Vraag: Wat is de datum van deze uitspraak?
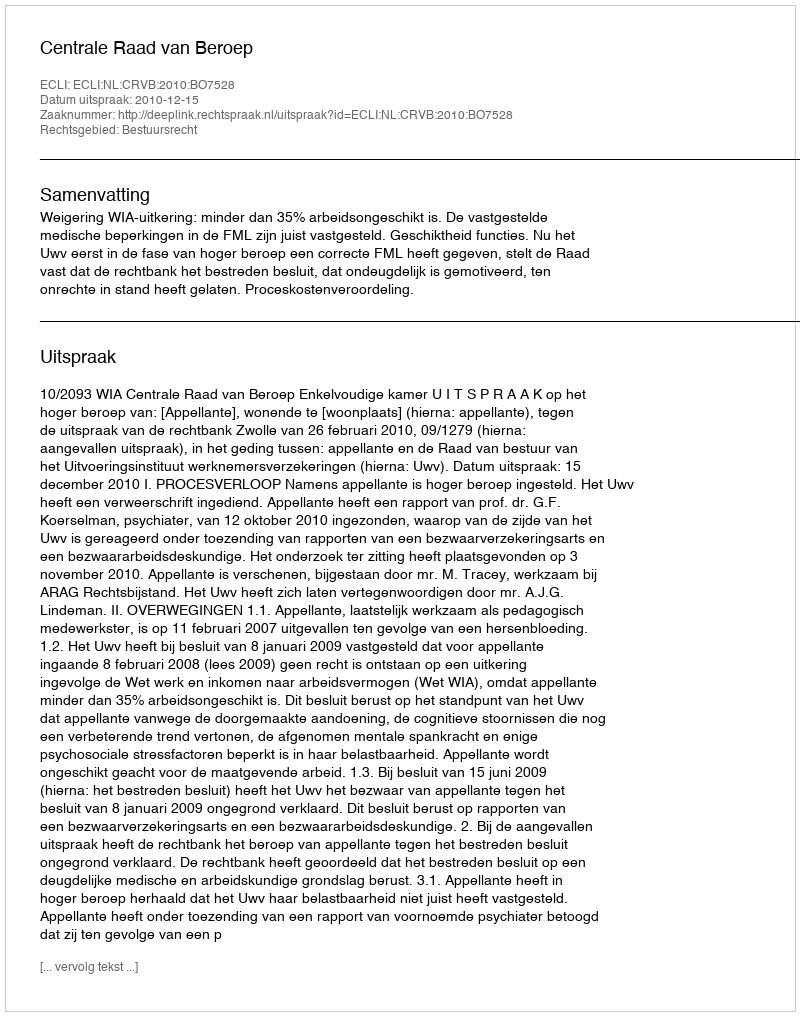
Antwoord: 2010-12-15